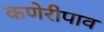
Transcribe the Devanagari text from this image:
कणेरीपाव